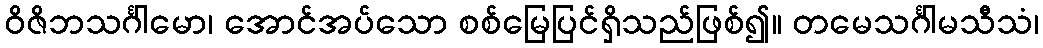
ဝိဇိဘသင်္ဂါမော၊ အောင်အပ်သော စစ်မြေပြင်ရှိသည်ဖြစ်၍။ တမေသင်္ဂါမသီသံ၊